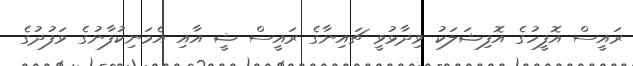
ރައީސް އޮފީހުގެ އޮފިޝަލަކު ވިދާޅުވީ ޗައިނާގެ ރައީސް ޝީ އާއި އެމަނިކުފާނުގެ ވަފުދުގެ